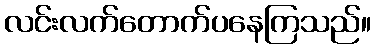
လင်းလက်တောက်ပနေကြသည်။